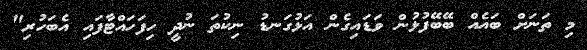
މި ތަނަށް ބައެއް ބޭބޭފުޅުން ވަޑައިގެން އަޅުގަނޑު ނިކުތަ ނުދީ ހިފަހައްޓާފައި އެބަހުރި"